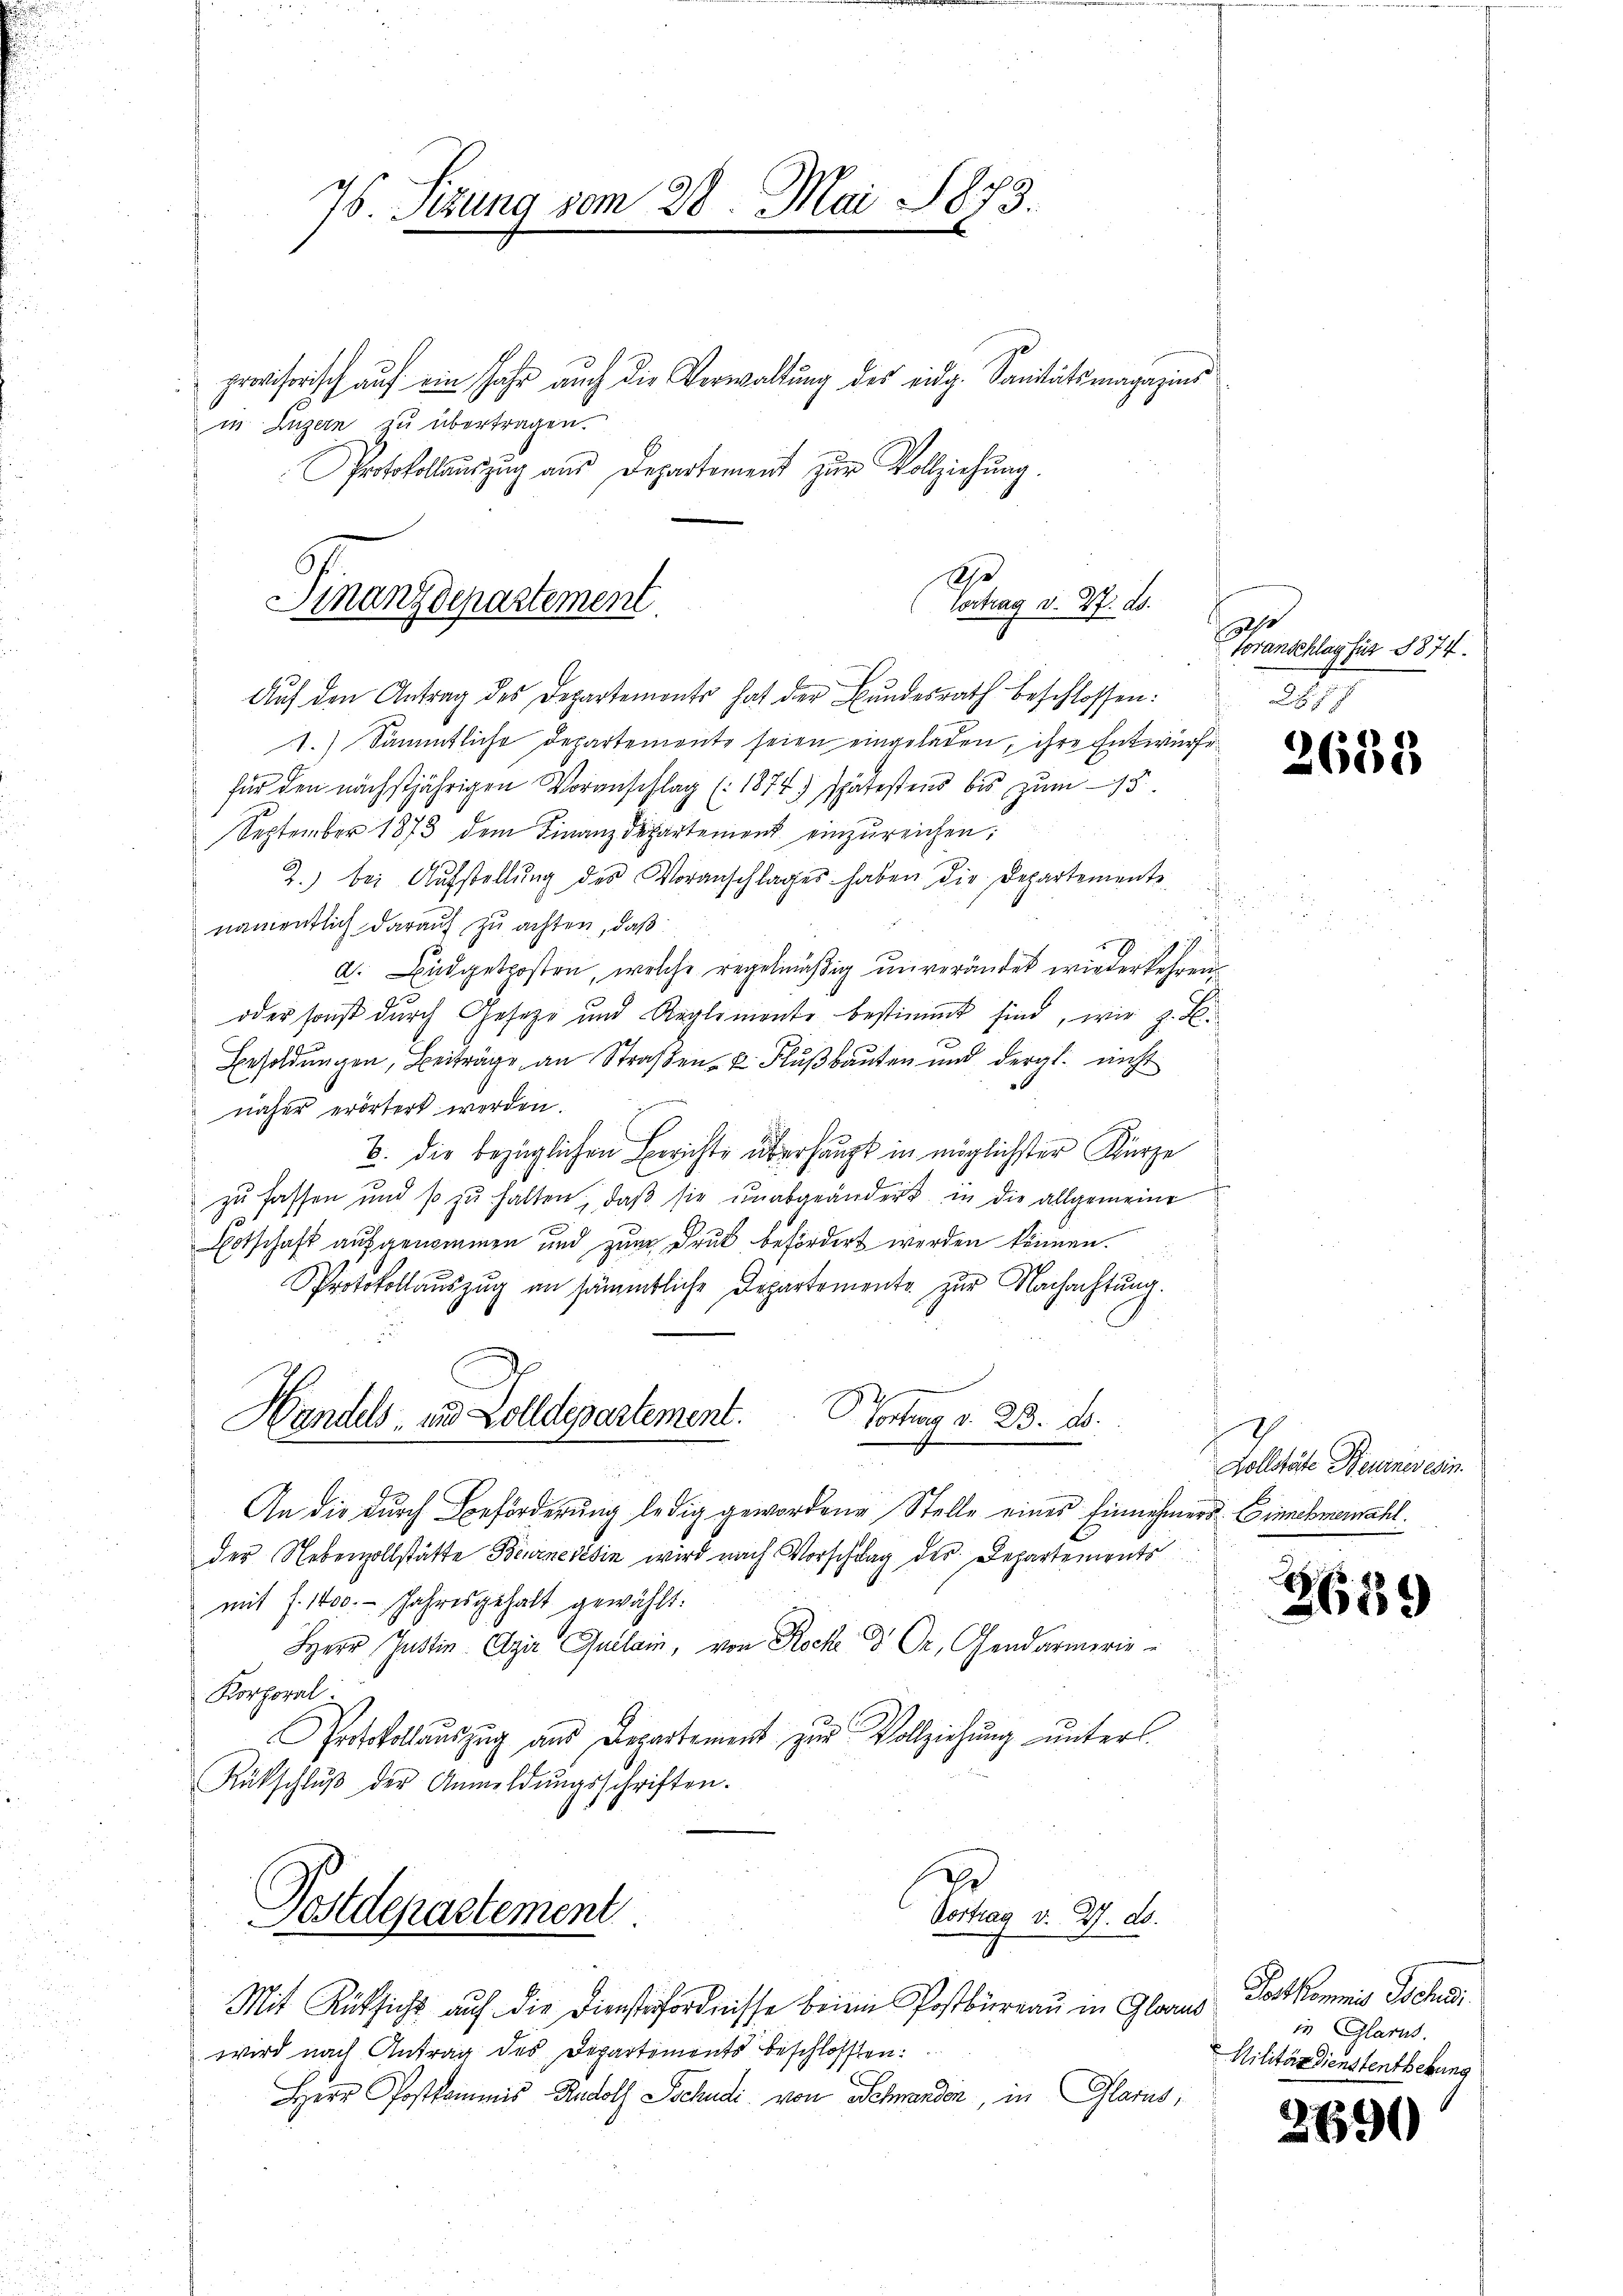
76. Sezung vom 28. Mai 1873.

provisorisch auf ein Jahr auch die Verwaltung des eidg. Sanitätsmagazins
in Luzern zu übertragen.
Protokollauszug aus Departement zur Vollziehung.
I
Vortrag v. 27. ds.
Finanzdepartement

Auf den Antrag des Departemonts hat der Bundesrath beschlossen:
1.) Sämmtliche Departemente seien eingeladen, ihre Entwurfe
6
für den nächstjährigen Voranschlag (1874) spätestens bis zum 13.
September 1873 dem Finanzdepartement einzŭreichen:
2.) bei Aŭfstellŭng des Voranschlages haben die Departemente
namentlich darauf zu achten, daß
d. Budgetroffen, welche regelmäßig unverändet wiederkehren
oder sonst durch Geseze und Reglemente bestimmt sind, wir z. B.
Besoldungen, Beiträge an Straßen- u. Flußbauten und dergl. nicht
näher erörtert werden.
B. die bezüglichen Berichte überhaupt in möglichster Kürze
zu fassen und so zŭ halten, daβ sie unabgeändert in die allgemeine
Eotschaft aufgenommen und zum Druk befördert werden können.
Protokollauszug an sämmtliche Departemente zur Nachachtung.
Portrag d. 23. d.
Handels, und Zolldepartement.
e
An die durch Beförderung ledig gewordene Stelle eines Einnehmers Einnehmemahl
der Nebenzollstätte Beurnerisin wird nach Vorschlag der Departements
mit f. 1000.- Jahresgehalt gewählt:
Herr Justin Czir Quilain, von Rock d Dr. Gendarmerie-
Korporal
Protokollauszug aus Departement zŭr Vollziehung unters
Rückschlŭβ der Anmeldŭngsschriften.
Postdepartement
Peten d. d. d.
Mit Rücksicht auf die Diensterfördnisse beim Postbureau in Glarus
wird nach Antrag des Departements beschlossen:
Herr Postkommis Rudolf Schudi von Schwerden, in Glarus,

32/
Voranschlag für 1874.
8

2635

Solltete Braunwein.

3659

Fortkommnis Schei
in Glarus.
Militärdienstenthebung

2690